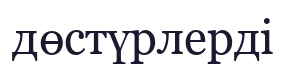
дөстүрлерді